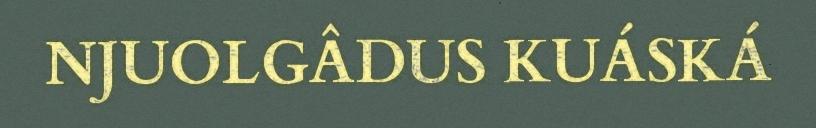
NJUOLGÂDUS KUÁSKÁ